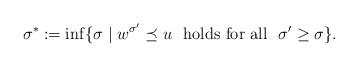
LaTeX: \begin{align*}\sigma^*:=\inf\{\sigma\mid w^{\sigma'}\preceq u\ \ {\rm holds\ for\ all}\ \ \sigma'\geq\sigma\}.\end{align*}